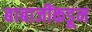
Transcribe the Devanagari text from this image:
बाबाजींकडून